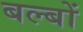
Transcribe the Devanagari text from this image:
बल्‍बों